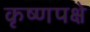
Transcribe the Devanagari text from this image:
कृष्णपक्षे